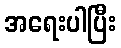
အရေးပါပြီး